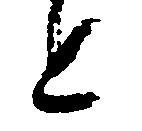
と